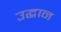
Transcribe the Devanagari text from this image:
उद्धान